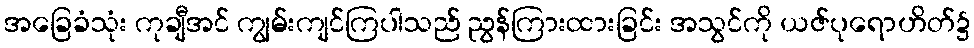
အခြေခံသုံး ကုချီအင် ကျွမ်းကျင်ကြပါသည် ညွန်ကြားထားခြင်း အသွင်ကို ယဇ်ပုရောဟိတ်၌